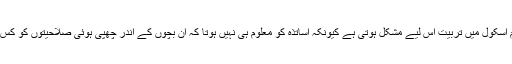
ایسے بچوں کی عام اسکول میں تربیت اس لیے مشکل ہوتی ہے کیونکہ اساتذہ کو معلوم ہی نہیں ہوتا کہ ان بچوں کے اندر چھپی ہوئی صلاحیتوں کو کس طرح ابھارا جائے۔